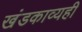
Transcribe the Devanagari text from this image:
खंडकाव्यही